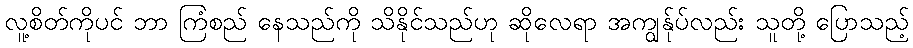
လူ့စိတ်ကိုပင် ဘာ ကြံစည် နေသည်ကို သိနိုင်သည်ဟု ဆိုလေရာ အကျွန်ုပ်လည်း သူတို့ ပြောသည့်